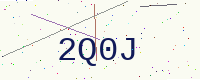
Text: 2Q0J